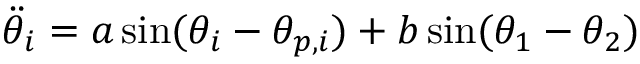
\ddot { \theta } _ { i } = a \sin ( \theta _ { i } - \theta _ { p , i } ) + b \sin ( \theta _ { 1 } - \theta _ { 2 } )